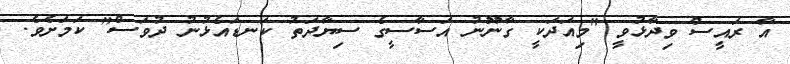
އާ ރައީސް ވިދާޅުވީ "މިއަދަކީ ގާނޫނު އަސާސީގެ ސިޔާދަތު ކަނޑައެޅުނު ދުވަސް" ކަމަށެވެ.